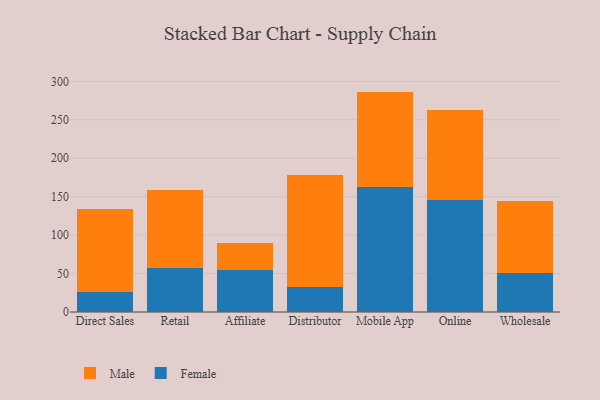
{"axis": {"x": "Channel", "y": "Latency (ms)"}, "legend": ["Female", "Male"], "data": [{"x": "Direct Sales", "y": 25.7, "type": "Female"}, {"x": "Direct Sales", "y": 108.8, "type": "Male"}, {"x": "Retail", "y": 57.3, "type": "Female"}, {"x": "Retail", "y": 101.8, "type": "Male"}, {"x": "Affiliate", "y": 54.0, "type": "Female"}, {"x": "Affiliate", "y": 35.4, "type": "Male"}, {"x": "Distributor", "y": 32.8, "type": "Female"}, {"x": "Distributor", "y": 145.2, "type": "Male"}, {"x": "Mobile App", "y": 162.1, "type": "Female"}, {"x": "Mobile App", "y": 124.6, "type": "Male"}, {"x": "Online", "y": 146.2, "type": "Female"}, {"x": "Online", "y": 116.9, "type": "Male"}, {"x": "Wholesale", "y": 50.5, "type": "Female"}, {"x": "Wholesale", "y": 93.4, "type": "Male"}]}